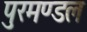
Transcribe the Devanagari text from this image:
पुरमण्डल